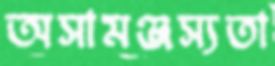
অসামঞ্জস্যতা